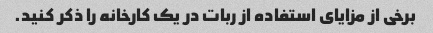
برخی از مزایای استفاده از ربات در یک کارخانه را ذکر کنید.